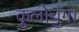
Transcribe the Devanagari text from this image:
कुलोचुंगा